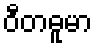
ဝီတဓူမာ